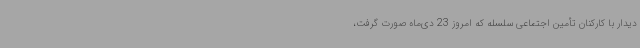
دیدار با کارکنان تأمین اجتماعی سلسله که امروز 23 دی‌ماه صورت گرفت،